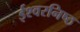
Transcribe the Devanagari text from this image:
ईश्वरनिष्ठ